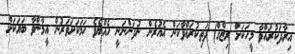
އިރާދަކުރައްވާ މީހަކަށް ރިޒްޤް) ދަތިކުރައްވާކަން އެއުރެން ނުދަންނަނީ ހެއްޔެވެ ހަމަކަށަވަރުން އީމާންވާ ބަޔަކަށް